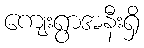
ကျေးရွာအနီးရှိ